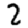
Digit: 2